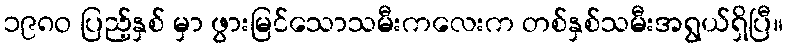
၁၉၈ဝ ပြည့်နှစ် မှာ ဖွားမြင်သောသမီးကလေးက တစ်နှစ်သမီးအရွယ်ရှိပြီ။